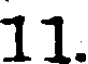
11.